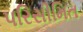
પરિસીમિત